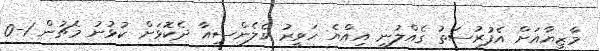
މާޒިޔާއަށް އެފުރުސަތު ގެއްލުނީ އިއްޔެ ހަވީރު ވެލެންސިއާ ދެކޮޅަށް ކުޅުނު މެޗުން 1-0